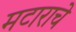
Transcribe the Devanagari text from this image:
मटाराचे